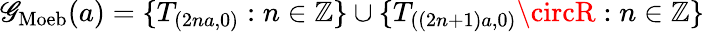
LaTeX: \mathscr{G}_{\mathrm{{Moeb}}}(a)=\{ T_{(2na,0)}:n\in\mathbb{{Z}}\} \cup\{ T_{((2n+1)a,0)}\circR:n\in\mathbb{{Z}}\}